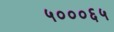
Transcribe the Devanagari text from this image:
५०००६५